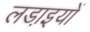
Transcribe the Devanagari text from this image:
लडा़इयों